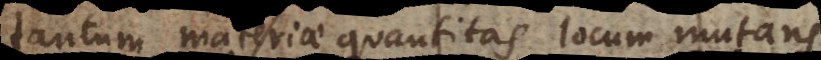
tantum materiae quantitas locum mutans